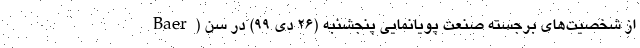
Baer) از شخصیت‌های برجسته صنعت پویانمایی‌ پنجشنبه (۲۶ دی ۹۹) در سن